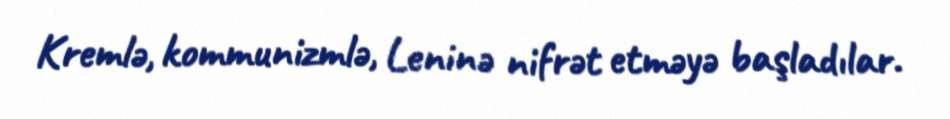
Kremlə, kommunizmlə, Leninə nifrət etməyə başladılar.